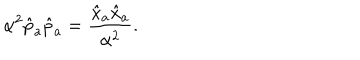
\alpha ^ { 2 } \hat { p } _ { a } \hat { p } _ { a } = \frac { \hat { x } _ { a } \hat { x } _ { a } } { \alpha ^ { 2 } } .